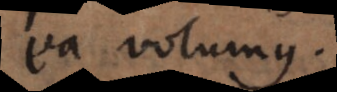
ea volumus.